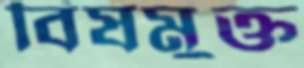
বিষমুক্ত